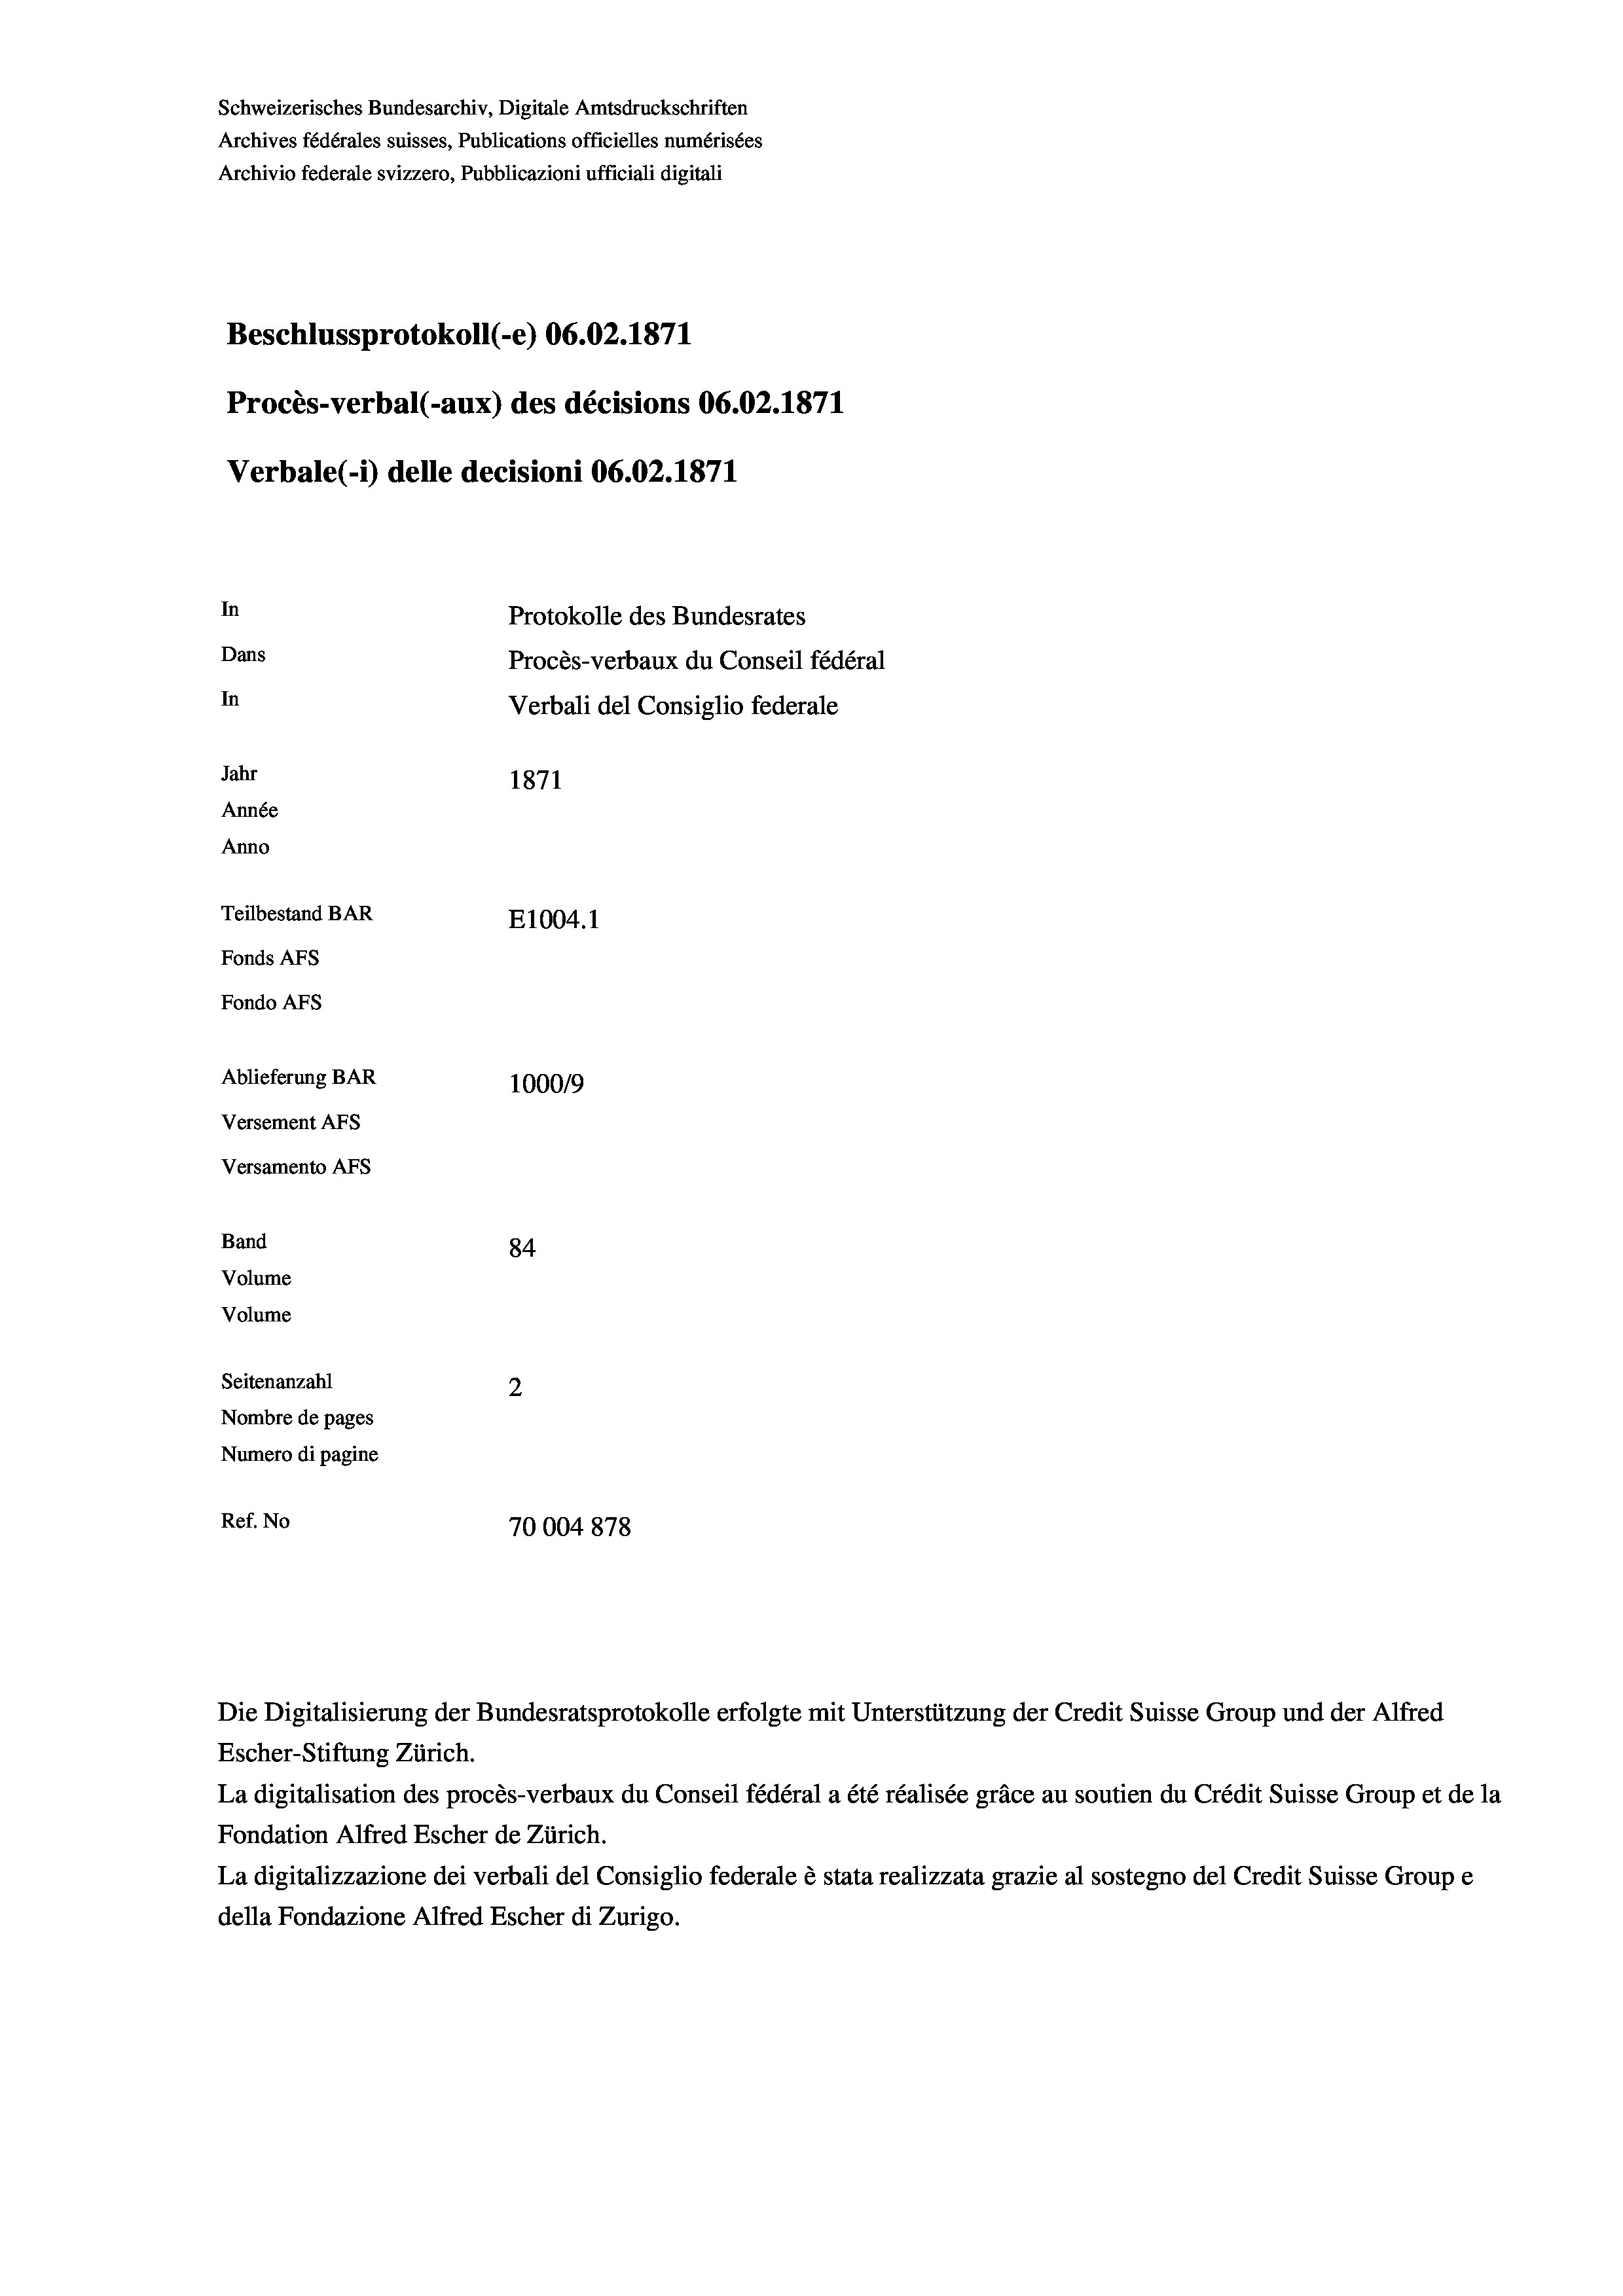
Schweizerisches Bundesarchiv, Digitale Amtsdruckschriften
Archives fédérales suisses, Publications officielles numérisées
Archivio federale svizzero, Pubblicazioni ufficiali digitali
Beschlussprotokoll (-e) 06.02. 1871
Procès-verbal (-aux) des décisions 06.02. 1871
Verbale (i) delle decisioni 06.02. 1871
In
Protokolle des Bundesrates
Dans
Procès-verbaux du Conseil fédéral
In
Verbali del Consiglio federale
Jahr
1871
Année
Anno
Teilbestand BAR
E1004. 1
Fonds AFs
Fondo AFs
Ablieferung BAR
100019
Versement Abs
Versamento Afs
Band
84
Volume
Volume
Seitenanzahl
2
Nombre de pages
Numero di pagine
Ref. No
70004878

Escher-Stiftung Zürich.
La digitalisation des procès-verbaux du Conseil fédéral a été réalisée gräce au soutien du Crédit Suisse Group et de la
Fondation Alfred Escher de Zürich.
La digitalizzazione dei verbali del Consiglio federale è stata realizzata grazie al sostegno del Credit Suisse Groupe
della Fondazione Alfred Escher di Zurigo.

Die Digitalisierung der Bundesratsprotokolle erfolgte mit Unterstützung der Credit Suisse Group und der Alfred